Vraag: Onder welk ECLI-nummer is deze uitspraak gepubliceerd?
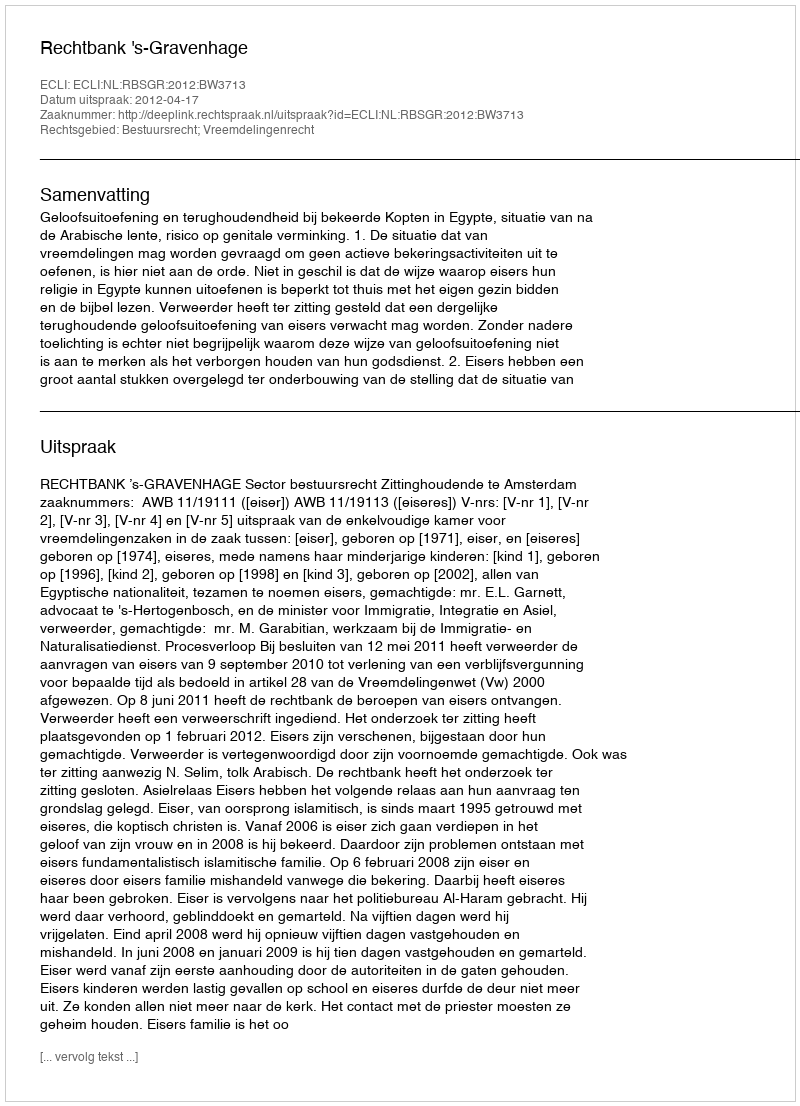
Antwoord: ECLI:NL:RBSGR:2012:BW3713